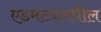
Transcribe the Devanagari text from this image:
एडमंटनमधील